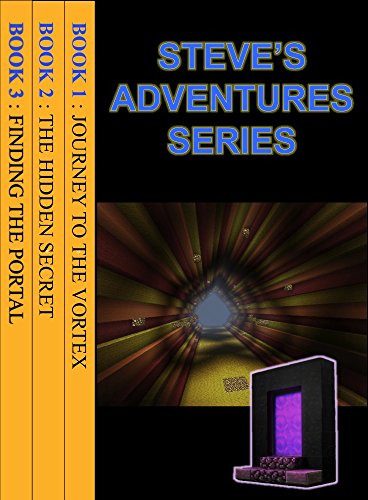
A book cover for Steve's Adventures Series: Amazing 3 Books Bundle; Ryan Johnson; Children's Books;